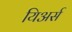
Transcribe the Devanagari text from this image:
यिअर्स